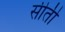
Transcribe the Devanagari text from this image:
सीती